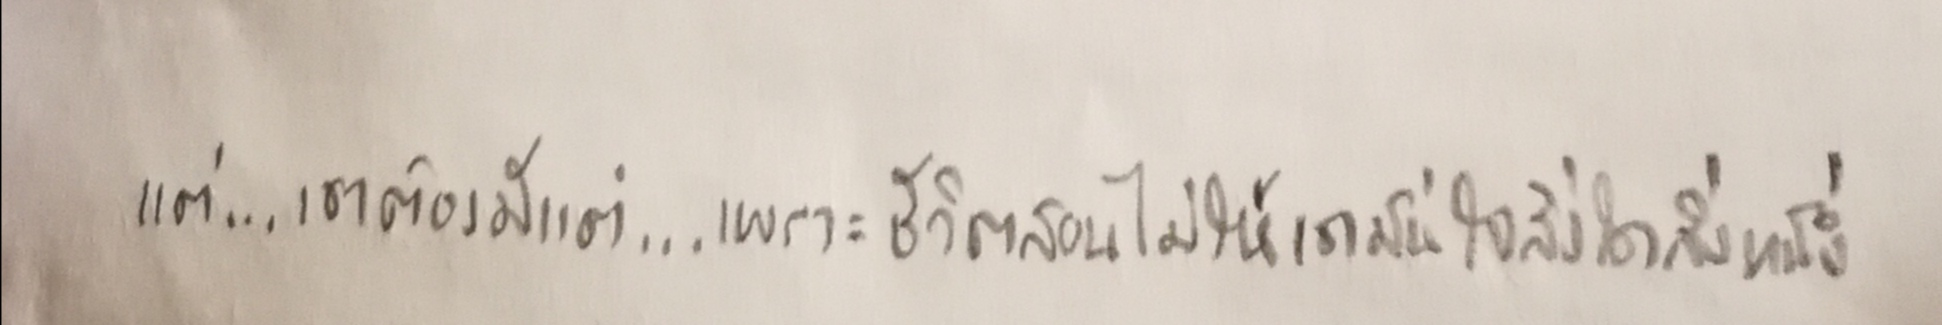
แต่...เขาต้องมีแต่...เพราะชีวิตสอนไม่ให้เขามั่นใจสิ่งใดสิ่งหนึ่ง